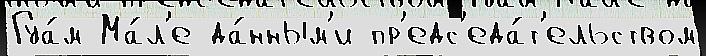
Гуа́м Ма́л'е да́нным'и пр'едс'еда́т'ельством